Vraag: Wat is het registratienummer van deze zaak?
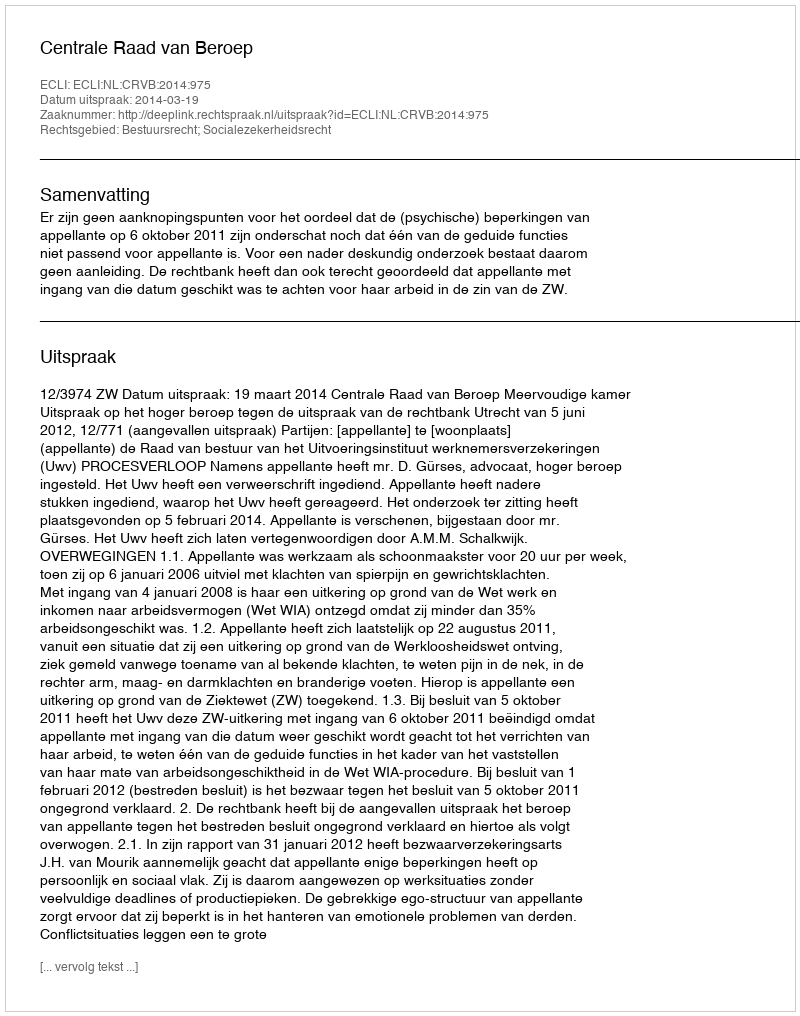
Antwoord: http://deeplink.rechtspraak.nl/uitspraak?id=ECLI:NL:CRVB:2014:975